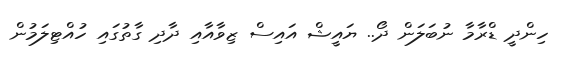
ހިންދީ ޑްރާމާ ނުބަލަން ދޯ.. ޔައީޝް އައިސް ޒިވާއާއި ދާދި ގާތުގައި ހުއްޓިލަމުން